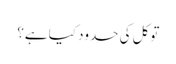
توکل کی حدود کیا ہے؟